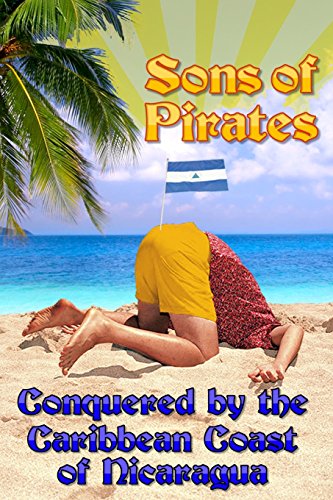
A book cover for Sons of Pirates: Conquered by the Caribbean coast of Nicaragua; Casey Callais; Travel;